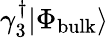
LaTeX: \gamma_{3}^{\dagger}|\Phi_{\mathrm{bulk}}\rangle